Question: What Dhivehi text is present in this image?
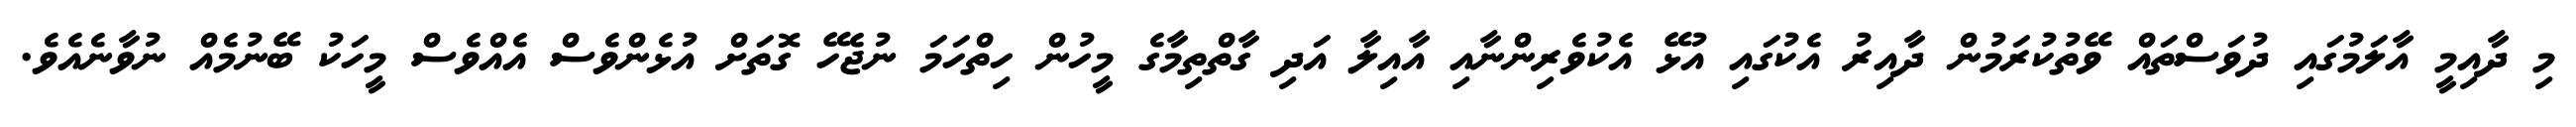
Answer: މި ދާއިމީ އާލަމުގައި ދުވަސްތައް ވޭތުކުރަމުން ދާއިރު އެކުގައި އުޅޭ އެކުވެރިންނާއި އާއިލާ އަދި ގާތްތިމާގެ މީހުން ހިތްހަމަ ނުޖެހޭ ގޮތަށް އުޅެންވެސް އެއްވެސް މީހަކު ބޭނުމެއް ނުވާނެއެވެ.